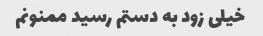
خیلی زود به دستم رسید ممنونم